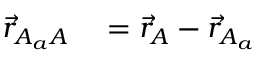
\begin{array} { r l } { \vec { r } _ { A _ { a } A } } & { { } = \vec { r } _ { A } - \vec { r } _ { A _ { a } } } \end{array}